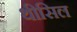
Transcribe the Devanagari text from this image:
थीसिल